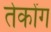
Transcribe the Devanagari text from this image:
तेकोंग